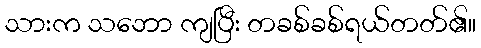
သားက သဘော ကျပြီး တခစ်ခစ်ရယ်တတ်၏။